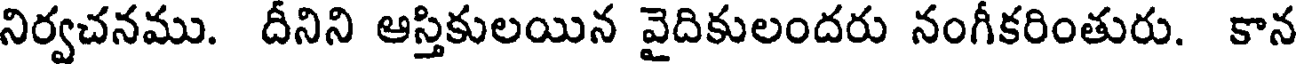
నిర్వచనము. దీనిని ఆస్తికులయిన వైదికులందరు నంగీకరింతురు. కాన